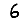
Digit: 6